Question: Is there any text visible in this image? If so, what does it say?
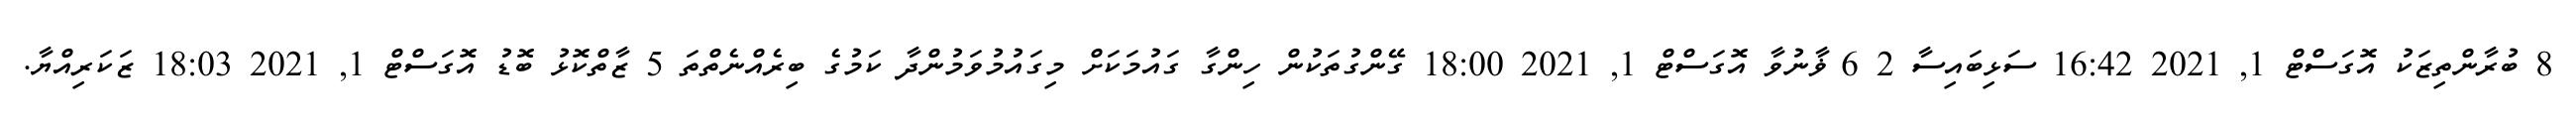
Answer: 8 ބުރާންތިޒަކު އޮގަސްޓް 1, 2021 16:42 ސަޅިބައިސާ 2 6 ޥާނުވާ އޮގަސްޓް 1, 2021 18:00 ގޭންގުތަކުން ހިންގާ ގައުމަކަށް މިގައުމުވަމުންދާ ކަމުގެ ބިރެއްނެތްތަ 5 ޒާތްކޮޅު ބޮޑު އޮގަސްޓް 1, 2021 18:03 ޒަކަރިއްޔާ.